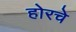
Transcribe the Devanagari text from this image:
होरचे